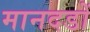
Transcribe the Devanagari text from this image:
मानदडों